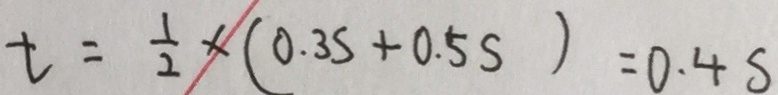
t = \frac { 1 } { 2 } \times ( 0 . 3 s + 0 . 5 s ) = 0 . 4 s